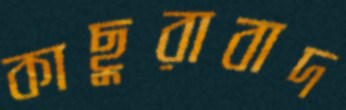
কাছুরাবাদ